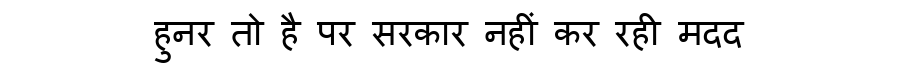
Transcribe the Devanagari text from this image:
हुनर तो है पर सरकार नहीं कर रही मदद